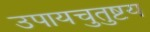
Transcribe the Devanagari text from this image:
उपायचुतुष्टय